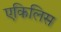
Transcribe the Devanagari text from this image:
एकिलिस